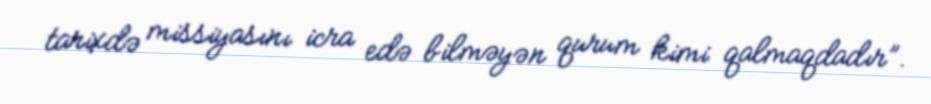
tarixdə missiyasını icra edə bilməyən qurum kimi qalmaqdadır”.